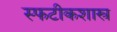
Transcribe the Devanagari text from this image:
स्फटीकशास्त्र